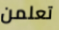
تعلمن